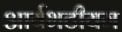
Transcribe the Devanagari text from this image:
आर्यभटीयम